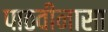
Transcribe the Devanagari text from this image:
पाठवीनासा